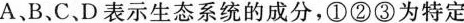
A、B.C.D表示生态系统的成分，①②③为特定